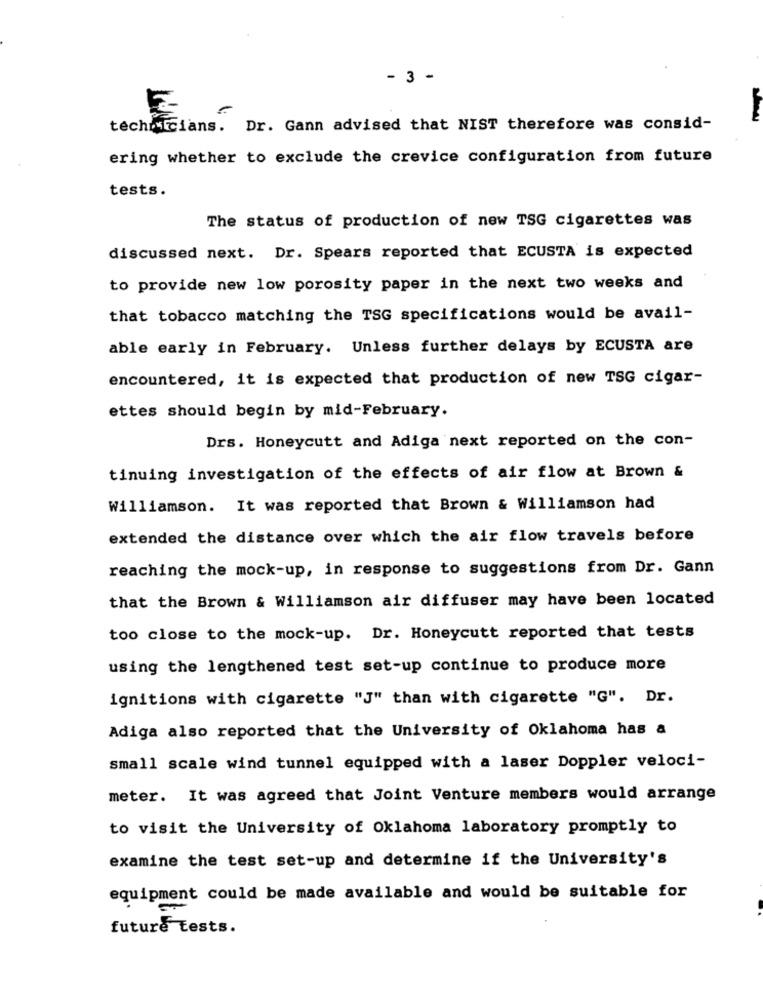
- 3 -
E-
technicians. Dr. Gann advised that NIST therefore was consid-
ering whether to exclude the crevice configuration from future
tests.
The status of production of new TSG cigarettes was
discussed next. Dr. Spears reported that ECUSTA is expected
to provide new low porosity paper in the next two weeks and
that tobacco matching the TSG specifications would be avail-
able early in February. Unless further delays by ECUSTA are
encountered, it is expected that production of new TSG cigar-
ettes should begin by mid-February.
Drs. Honeycutt and Adiga next reported on the con-
tinuing investigation of the effects of air flow at Brown &
Williamson. It was reported that Brown & Williamson had
extended the distance over which the air flow travels before
reaching the mock-up, in response to suggestions from Dr. Gann
that the Brown & Williamson air diffuser may have been located
too close to the mock-up. Dr. Honeycutt reported that tests
using the lengthened test set-up continue to produce more
ignitions with cigarette "J" than with cigarette "G". Dr.
Adiga also reported that the University of Oklahoma has a
small scale wind tunnel equipped with a laser Doppler veloci-
meter. It was agreed that Joint Venture members would arrange
to visit the University of Oklahoma laboratory promptly to
examine the test set-up and determine if the University's
equipment could be made available and would be suitable for
future tests.